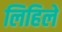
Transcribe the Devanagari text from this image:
लिहिलें